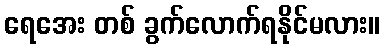
ရေအေး တစ် ခွက်လောက်ရနိုင်မလား။